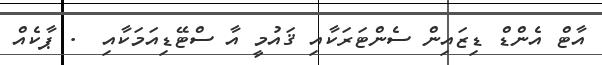
އާޓް އެންޑް ޑިޒައިން ސެންޓަރަކާއި ޤައުމީ އާ ސްޓޭޑިއަމަކާއި  . ޕާކެއް